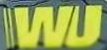
WU